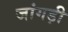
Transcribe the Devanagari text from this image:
जांगड़ी